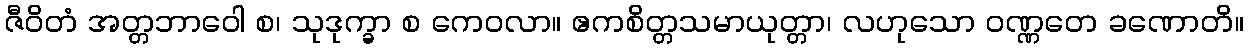
ဇီဝိတံ အတ္တဘာဝေါ စ၊ သုဒုက္ခာ စ ကေဝလာ။ ဧကစိတ္တသမာယုတ္တာ၊ လဟုသော ဝဏ္ဏတေ ခဏောတိ။